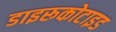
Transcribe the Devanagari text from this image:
डाइरूकोटाइड